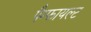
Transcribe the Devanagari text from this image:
पैम्फायल्ट